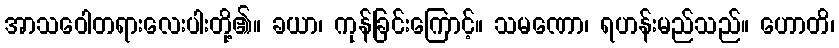
အာသဝေါတရားလေးပါးတို့၏။ ခယာ၊ ကုန်ခြင်းကြောင့်။ သမဏော၊ ရဟန်းမည်သည်။ ဟောတိ၊